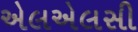
એલએલસી